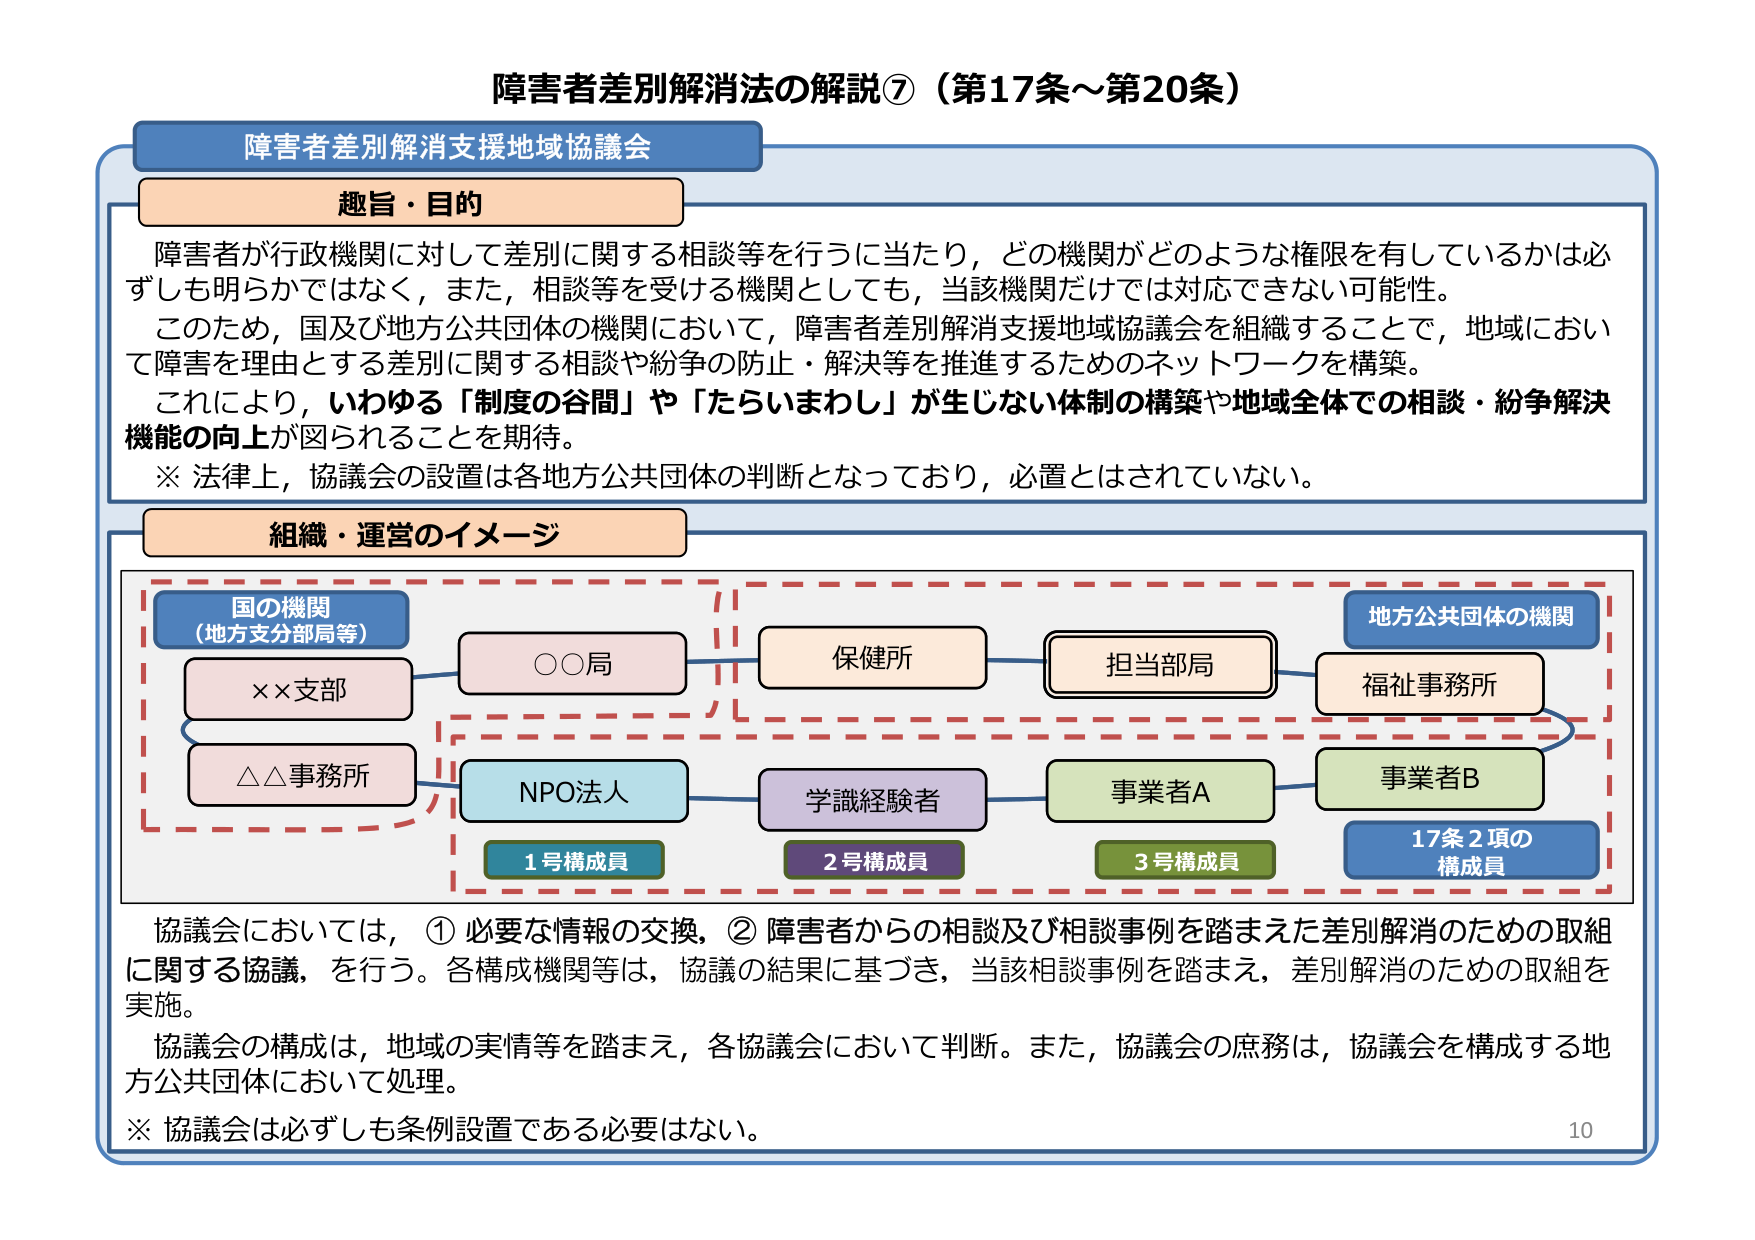
障害者差別解消法の解説⑦（第17条～第20条）

障害者差別解消支援地域協議会

趣旨・目的
障害者が行政機関に対して差別に関する相談等を行うに当たり，どの機関がどのような権限を有しているかは必ずしも明らかではなく，また，相談等を受ける機関としても，当該機関だけでは対応できない可能性。
このため，国及び地方公共団体の機関において，障害者差別解消支援地域協議会を組織することで，地域において障害を理由とする差別に関する相談や紛争の防止・解決等を推進するためのネットワークを構築。
これにより，いわゆる「制度の谷間」や「たらいまわし」が生じない体制の構築や地域全体での相談・紛争解決機能の向上が図られることを期待。
※ 法律上，協議会の設置は各地方公共団体の判断となっており，必置とはされていない。

組織・運営のイメージ
国の機関
（地方支分部局等）
××支部
△△事務所
○○局
保健所
担当部局
福祉事務所
地方公共団体の機関
NPO法人
学識経験者
事業者A
事業者B
1号構成員
2号構成員
3号構成員
17条2項の
構成員

協議会においては，①必要な情報の交換，②障害者からの相談及び相談事例を踏まえた差別解消のための取組に関する協議，を行う。各構成機関等は，協議の結果に基づき，当該相談事例を踏まえ，差別解消のための取組を実施。
協議会の構成は，地域の実情等を踏まえ，各協議会において判断。また，協議会の庶務は，協議会を構成する地方公共団体において処理。
※ 協議会は必ずしも条例設置である必要はない。

10